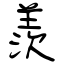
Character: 羨